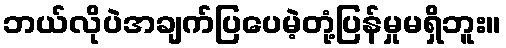
ဘယ်လိုပဲအချက်ပြပေမဲ့တုံ့ပြန်မှုမရှိဘူး။